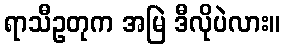
ရာသီဥတုက အမြဲ ဒီလိုပဲလား။